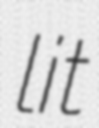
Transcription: lit